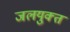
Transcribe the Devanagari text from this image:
जलयुक्‍त